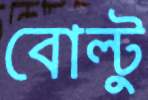
বোল্টু